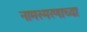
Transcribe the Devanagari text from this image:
नामस्मरणाच्या